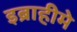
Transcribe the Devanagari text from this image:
इब्राहीमे